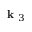
\textbf { k } _ { 3 }